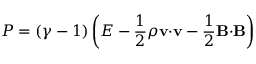
P = ( \gamma - 1 ) \left( E - \frac { 1 } { 2 } \rho \mathbf { v } { \cdot } \mathbf { v } - \frac { 1 } { 2 } \mathbf { B } { \cdot } \mathbf { B } \right)